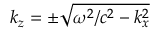
k _ { z } = \pm \sqrt { \omega ^ { 2 } / c ^ { 2 } - k _ { x } ^ { 2 } }